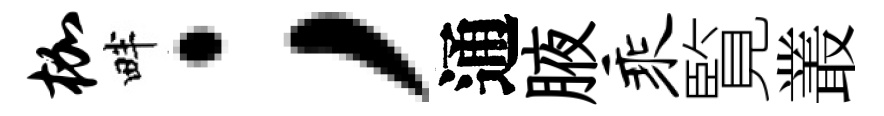
枷畔；通腋乘覧叢